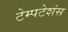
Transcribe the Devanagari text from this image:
टेम्पटेशंस